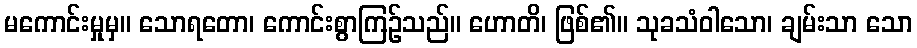
မကောင်းမှုမှ။ သောရတော၊ ကောင်းစွာကြဉ်သည်။ ဟောတိ၊ ဖြစ်၏။ သုခသံဝါသော၊ ချမ်းသာ သော